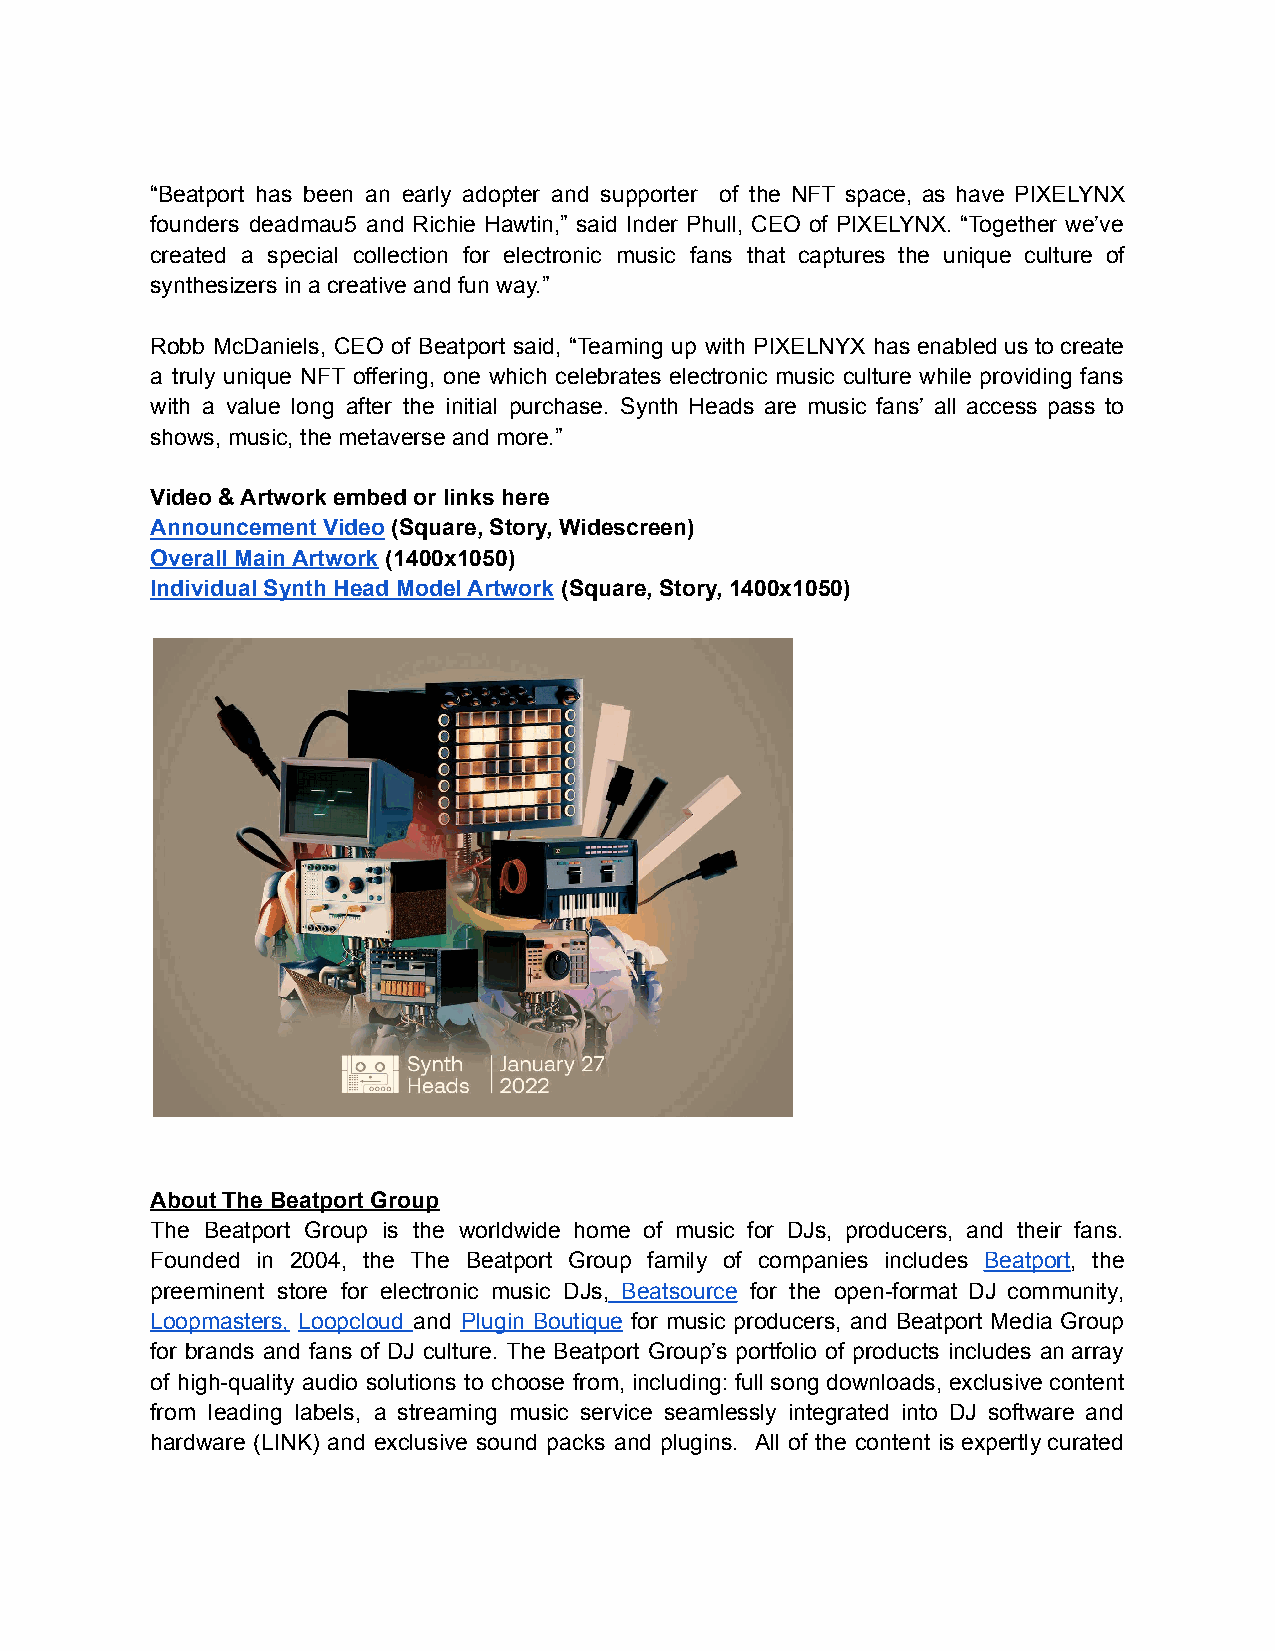
“Beatport has been an early adopter and supporter of the NFT space, as have PIXELYNX
 founders deadmau5 and Richie Hawtin,” said Inder Phull, CEO of PIXELYNX. “Together we’ve
 created a special collection for electronic music fans that captures the unique culture of
 synthesizers in a creative and fun way.”
 Robb McDaniels, CEO of Beatport said, “Teaming up with PIXELNYX has enabled us to create
 a truly unique NFT offering, one which celebrates electronic music culture while providing fans
 with a value long after the initial purchase. Synth Heads are music fans’ all access pass to
 shows, music, the metaverse and more.”
 Video & Artwork embed or links here
 Announcement Video (Square, Story, Widescreen)
 Overall Main Artwork (1400x1050)
 Individual Synth Head Model Artwork (Square, Story, 1400x1050)
 About The Beatport Group
 The Beatport Group is the worldwide home of music for DJs, producers, and their fans.
 Founded in 2004, the The Beatport Group family of companies includes Beatport, the
 preeminent store for electronic music DJs, Beatsource for the open-format DJ community,
 Loopmasters, Loopcloud and Plugin Boutique for music producers, and Beatport Media Group
 for brands and fans of DJ culture. The Beatport Group’s portfolio of products includes an array
 of high-quality audio solutions to choose from, including: full song downloads, exclusive content
 from leading labels, a streaming music service seamlessly integrated into DJ software and
 hardware (LINK) and exclusive sound packs and plugins. All of the content is expertly curated